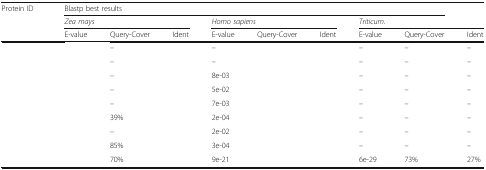
<table><thead><tr><td><b>Protein ID</b></td><td colspan="8"><b>Blastp best results</b></td><td>[EMPTY_CELL]</td></tr><tr><td>[EMPTY_CELL]</td><td colspan="3"><b><i>Zea mays</i></b></td><td colspan="3"><b><i>Homo sapiens</i></b></td><td colspan="3"><b><i>Triticum</i>.</b></td></tr><tr><td>[EMPTY_CELL]</td><td><b>E-value</b></td><td><b>Query-Cover</b></td><td><b>Ident</b></td><td><b>E-value</b></td><td><b>Query-Cover</b></td><td><b>Ident</b></td><td><b>E-value</b></td><td><b>Query-Cover</b></td><td><b>Ident</b></td></tr></thead><tbody><tr><td>[EMPTY_CELL]</td><td>[EMPTY_CELL]</td><td>–</td><td>[EMPTY_CELL]</td><td>–</td><td>[EMPTY_CELL]</td><td>[EMPTY_CELL]</td><td>–</td><td>–</td><td>–</td></tr><tr><td>[EMPTY_CELL]</td><td>[EMPTY_CELL]</td><td>–</td><td>[EMPTY_CELL]</td><td>–</td><td>[EMPTY_CELL]</td><td>[EMPTY_CELL]</td><td>–</td><td>–</td><td>–</td></tr><tr><td>[EMPTY_CELL]</td><td>[EMPTY_CELL]</td><td>–</td><td>[EMPTY_CELL]</td><td>8e-03</td><td>[EMPTY_CELL]</td><td>[EMPTY_CELL]</td><td>–</td><td>–</td><td>–</td></tr><tr><td>[EMPTY_CELL]</td><td>[EMPTY_CELL]</td><td>–</td><td>[EMPTY_CELL]</td><td>5e-02</td><td>[EMPTY_CELL]</td><td>[EMPTY_CELL]</td><td>–</td><td>–</td><td>–</td></tr><tr><td>[EMPTY_CELL]</td><td>[EMPTY_CELL]</td><td>–</td><td>[EMPTY_CELL]</td><td>7e-03</td><td>[EMPTY_CELL]</td><td>[EMPTY_CELL]</td><td>–</td><td>–</td><td>–</td></tr><tr><td>[EMPTY_CELL]</td><td>[EMPTY_CELL]</td><td>39%</td><td>[EMPTY_CELL]</td><td>2e-04</td><td>[EMPTY_CELL]</td><td>[EMPTY_CELL]</td><td>–</td><td>–</td><td>–</td></tr><tr><td>[EMPTY_CELL]</td><td>[EMPTY_CELL]</td><td>–</td><td>[EMPTY_CELL]</td><td>2e-02</td><td>[EMPTY_CELL]</td><td>[EMPTY_CELL]</td><td>–</td><td>–</td><td>–</td></tr><tr><td>[EMPTY_CELL]</td><td>[EMPTY_CELL]</td><td>85%</td><td>[EMPTY_CELL]</td><td>3e-04</td><td>[EMPTY_CELL]</td><td>[EMPTY_CELL]</td><td>–</td><td>–</td><td>–</td></tr><tr><td>[EMPTY_CELL]</td><td>[EMPTY_CELL]</td><td>70%</td><td>[EMPTY_CELL]</td><td>9e-21</td><td>[EMPTY_CELL]</td><td>[EMPTY_CELL]</td><td>6e-29</td><td>73%</td><td>27%</td></tr></tbody></table>